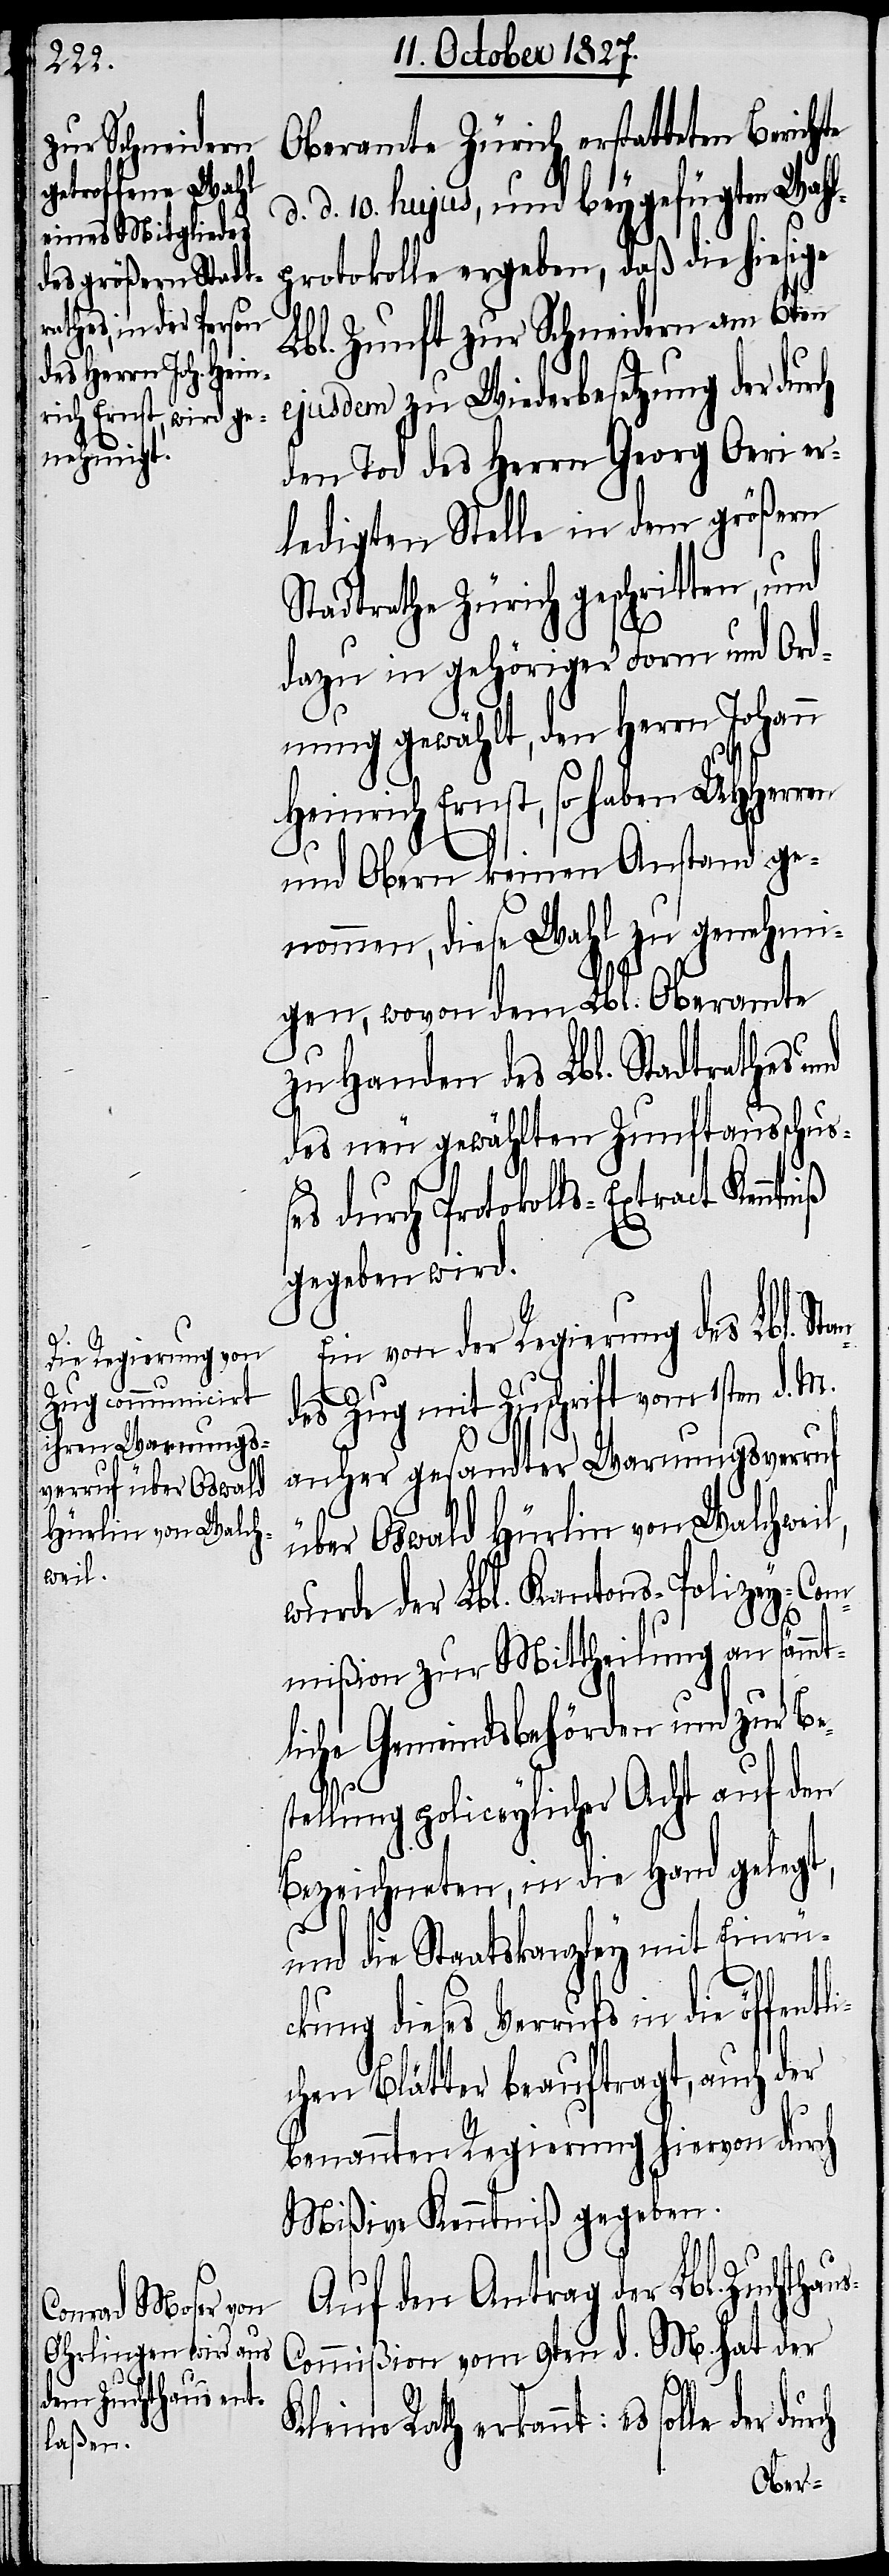
s-C¬

Oberamte Zürich erstatteten Berichte
d. d. 10. hujus, und beygefügtem Wahl¬
protokolle ergeben, daß die hiesige
Lbl. Zunft zur Schneidern am 6ten
ejusdem zu Wiederbesetzung der dur¬
den Tod des Herrn Georg Oeri er¬
ledigten Stelle in dem größern
Stadtrathe Zürich geschritten, und
dazu in gehöriger Form und Ord¬
nung gewählt, den Herrn Johann
Heinrich Ernst, so haben
und Obern keinen Anstand ge¬
nommen, diese Wahl zu genehmi¬
gen, wovon dem Lbl. Oberamte
zu Handen des Lbl. Stadtrathes und
des neu gewählten Zunftausschuße¬
s durch Protokolls-Extract Kenntn¬
gegeben wird.
Ein von der Regierung des Lbl. St¬
des Zug mit Zuschrift vom 1sten d. M.
anher gesandter Warnungsverruf
über Oswald Hürlin von Walchweil,
wurde der Lbl. Kantons-Policey-Co¬
mmißion zur Mittheilung an sämmt¬
liche Gemeindsbehörden und zur Be¬
stellung policeylicher Acht auf den
Bezeichneten, in die Hand gelegt,
und die Staatskanzley mit Einrüc¬
kung dieses Verrufs in die öffe¬
chen Blätter beauftragt, auch der
benannten Regierung hiervon durch
Mißiven Kenntniß gegeben.
Auf den Antrag der Lbl. Zuchthau¬
ommißion vom 9ten d. M. hat der
durch
Kleine Rath erkannt: es solle der